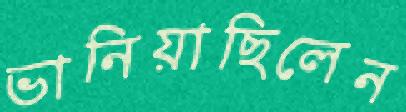
ভানিয়াছিলেন